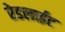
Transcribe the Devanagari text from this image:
रेडलाईट